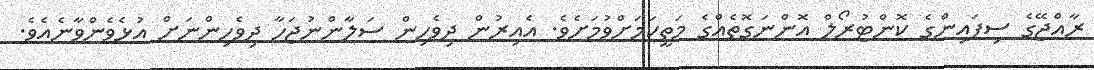
ރާއްޖޭގެ ސިފައިންގެ ކޮންޓުރޯލް އޮންނަގޮތެއްގެ މަތީކަމަށްވުމަށެވެ. އެއިރުން ދިވެހިން ސަލާންނުޖަހާ ދިވެހިންނަށް އުޅެވެންވާނެއެވެ.